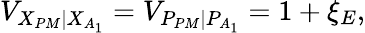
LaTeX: {{V}_{\left.{{X}_{PM}}\right|{{X}_{{{A}_{1}}}}}}={{V}_{\left.{{P}_{PM}}\right|{{P}_{{{A}_{1}}}}}}=1+{{\xi}_{E}},